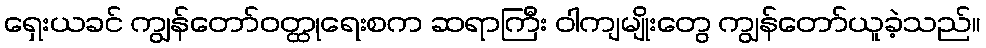
ရှေးယခင် ကျွန်တော်ဝတ္ထုရေးစက ဆရာကြီး ဝါကျမျိုးတွေ ကျွန်တော်ယူခဲ့သည်။